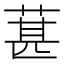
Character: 葚